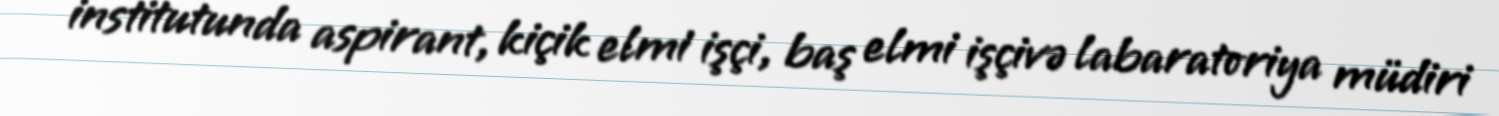
institutunda aspirant, kiçik elmi işçi, baş elmi işçivə labaratoriya müdiri